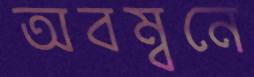
অবম্বনে